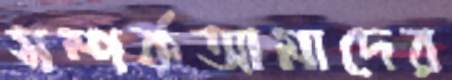
সম্পর্কআমাদের